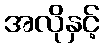
အလိုနှင့်